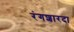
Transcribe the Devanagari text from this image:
रंगशारदा